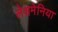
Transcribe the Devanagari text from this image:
लेशमेनिया